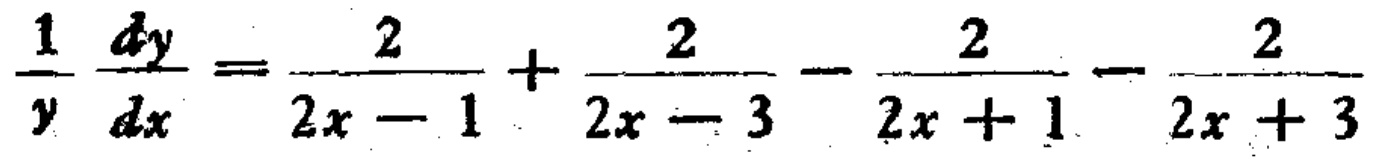
$\frac{1}{y}\frac{dy}{dx}=\frac{2}{2x - 1}+\frac{2}{2x - 3}-\frac{2}{2x + 1}-\frac{2}{2x + 3}$